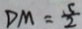
D M = \frac { 5 } { 2 }